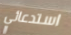
استدعائي